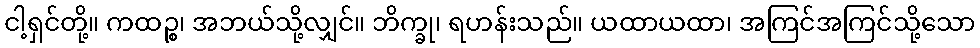
ငါ့ရှင်တို့။ ကထဉ္စ၊ အဘယ်သို့လျှင်။ ဘိက္ခု၊ ရဟန်းသည်။ ယထာယထာ၊ အကြင်အကြင်သို့သော